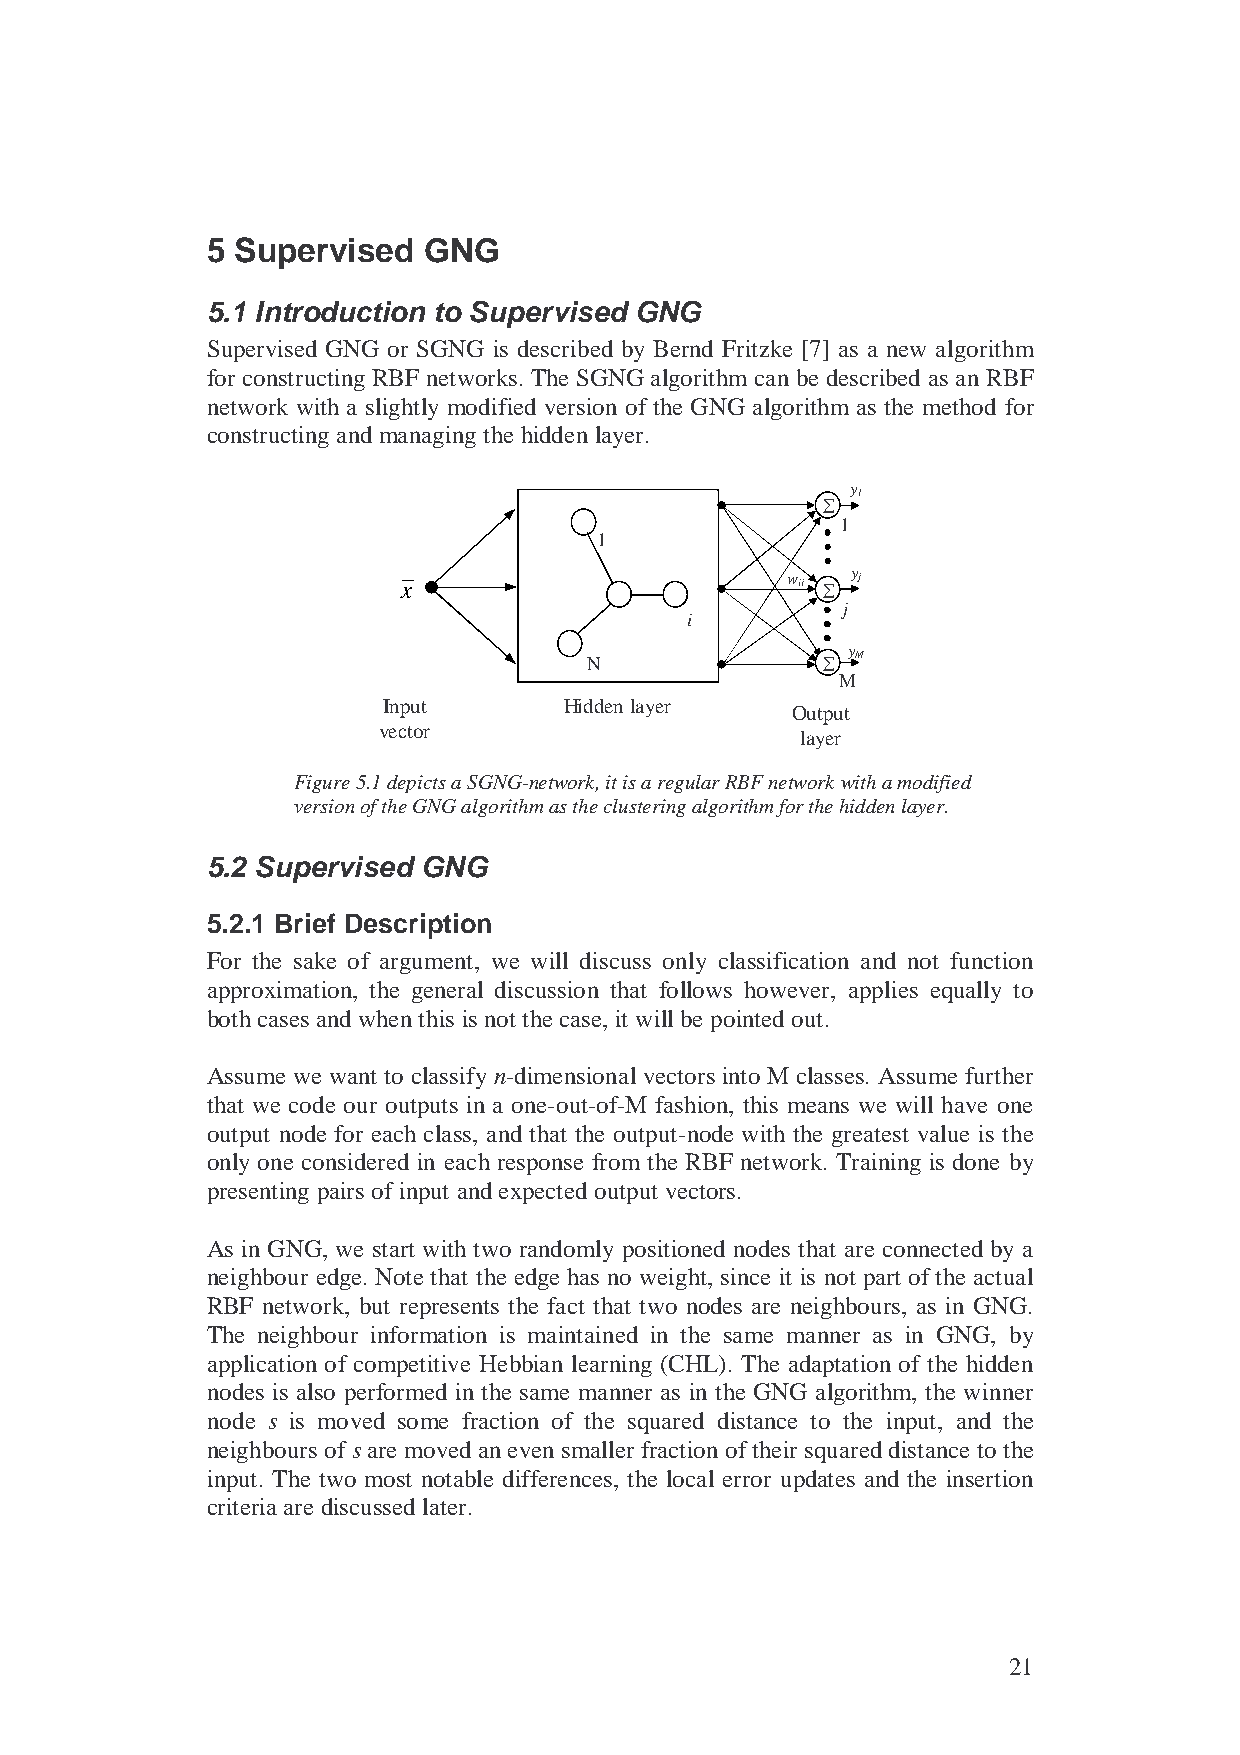
5 Supervised  GNG
 5.1 Introduction to Supervised GNG
 Supervised GNG or SGNG is described by Bernd Fritzke [7] as a new algorithm
 for constructing RBF networks. The SGNG algorithm can be described as an RBF
 network with a slightly modified version of the GNG algorithm as the method for
 constructing and managing the hidden layer.
 y
 1
 ∑
 1
 1
 x                        w ij ∑ y j
 j
 i
 y
 N              ∑  M
 M
 Input       Hidden layer
 Output
 vector
 layer
 Figure 5.1 depicts a SGNG-network, it is a regular RBF network with a modified
 version of the GNG algorithm as the clustering algorithm for the hidden layer.
 5.2 Supervised GNG
 5.2.1 Brief Description
 For the sake of argument, we will discuss only classification and not function
 approximation, the general discussion that follows however, applies equally to
 both cases and when this is not the case, it will be pointed out.
 Assume we want to classify n-dimensional vectors into M classes. Assume further
 that we code our outputs in a one-out-of-M fashion, this means we will have one
 output node for each class, and that the output-node with the greatest value is the
 only one considered in each response from the RBF network. Training is done by
 presenting pairs of input and expected output vectors.
 As in GNG, we start with two randomly positioned nodes that are connected by a
 neighbour edge. Note that the edge has no weight, since it is not part of the actual
 RBF network, but represents the fact that two nodes are neighbours, as in GNG.
 The neighbour information is maintained in the same manner as in GNG, by
 application of competitive Hebbian learning (CHL). The adaptation of the hidden
 nodes is also performed in the same manner as in the GNG algorithm, the winner
 node s is moved some fraction of the squared distance to the input, and the
 neighbours of s are moved an even smaller fraction of their squared distance to the
 input. The two most notable differences, the local error updates and the insertion
 criteria are discussed later.
 21